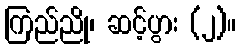
ကြည်ညို၊ ဆင့်ပွား (၂)။